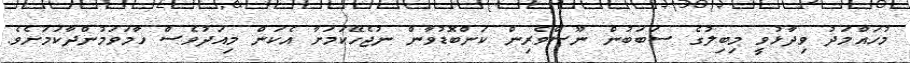
މުހައްމަދު ވިދާޅުވީ މިބިލުގެ ސަބަބުން ނޫސްވެރިން ކަންބޮޑުވާން ނުޖެހޭކަމަށާ އެކަން މިއަދުވެސް ހާމަވަމުންދާކަމަށެވެ.